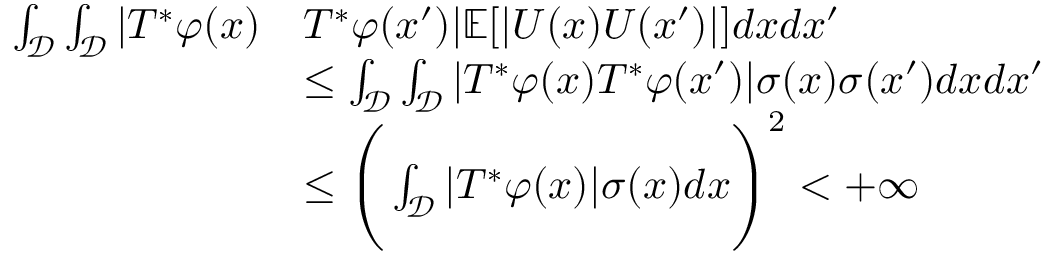
\begin{array} { r l } { \int _ { \mathcal { D } } \int _ { \mathcal { D } } | T ^ { * } \varphi ( x ) } & { T ^ { * } \varphi ( x ^ { \prime } ) | \mathbb { E } [ | U ( x ) U ( x ^ { \prime } ) | ] d x d x ^ { \prime } } \\ & { \leq \int _ { \mathcal { D } } \int _ { \mathcal { D } } | T ^ { * } \varphi ( x ) T ^ { * } \varphi ( x ^ { \prime } ) | \sigma ( x ) \sigma ( x ^ { \prime } ) d x d x ^ { \prime } } \\ & { \leq \Bigg ( \int _ { \mathcal { D } } | T ^ { * } \varphi ( x ) | \sigma ( x ) d x \Bigg ) ^ { 2 } < + \infty } \end{array}